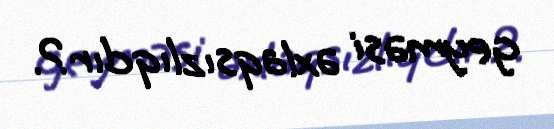
geyməsi əxlaqsızlıqdır?.